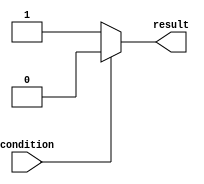
module if_else_example (
    input wire condition,
    output reg result
);

always @(*) begin
    if (~condition) begin
        // If the condition is false
        result <= 1; // Execute this code
    end else begin
        // If the condition is true
        result <= 0; // Execute this code
    end
end

endmodule